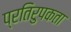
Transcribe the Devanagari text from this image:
प्रतिरुपकता